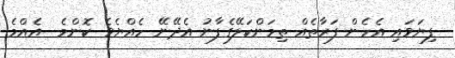
ފިޔަވައި އެހެން ފަރާތެއް ތިމަންކަލޭގެފާނު އެދޭނޭ ހެއްޔެވެ ކޮންމެ  އެއްމެ